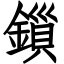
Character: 鎻